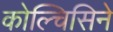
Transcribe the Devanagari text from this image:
कोल्चिसिने